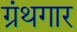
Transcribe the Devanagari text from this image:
ग्रंथगार